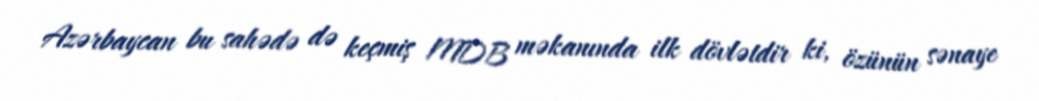
Azərbaycan bu sahədə də keçmiş MDB məkanında ilk dövlətdir ki, özünün sənaye